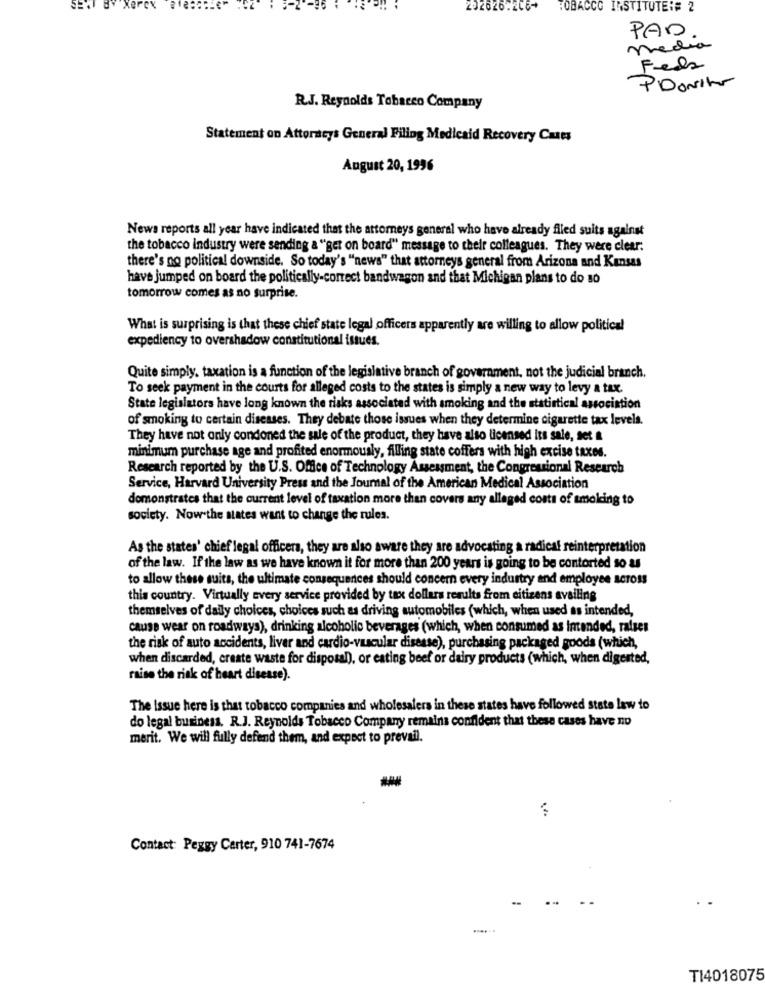
dy Kerck
202626:205-
TOBACCO INSTITUTE:# 2
PAD.
media
Freds
PIDONite
R.J. Reynolds Tobacco Company
Statement on Attorneys General Filing Medicaid Recovery Casts
August 20, 1996
News reports all year have indicated that the attorneys general who have already filled suits against
the tobacco industry were sending a "get on board" message to their colleagues. They were clear.
there's no political downside. So today's "news" that attorneys general from Arizona and Kansas
have jumped on board the politically-correct bandwagon and that Michigan plans to do so
tomorrow comes as no surprise.
What is surprising is that these chief state legal officers apparently are willing to allow political
expediency to overshadow constitutional issues.
Quite simply, taxation is a function of the legislative branch of government, not the judicial branch.
To seek payment in the courts for alleged costs to the states is simply a new way to levy a tax.
State legislators have long known the risks associated with smoking and the statistical association
of smoking to certain diseases. They debate those issues when they determine cigarette tax levels.
They have not only condoned the sale of the product, they have also licensed its sale, set &
minimum purchase age and profited enormously, filling state coffers with high excise taxes.
Research reported by the U.S. Office of Technology Assessment, the Congressional Research
Service, Harvard University Press and the Journal of the American Medical Association
demonstrates that the current level of taxation more than covers any alleged costs of smoking to
society. Now the states want to change the rules.
As the states' chief legal officers, they are also aware they are advocating a radical reinterpretation
of the law. If the law as we have known it for more than 200 years is going to be contorted 10 &
to allow these suits, the ultimate consequences should concern every industry and employee across
this country. Virtually every service provided by tax dollars results from citizens availing
themselves of daily choices, choices such as driving automobiles (which, when used as intended,
cause wear on roadways), drinking alcoholic beverages (which, when consumed as intended, raises
the risk of auto accidents, liver and cardio-vascular disease), purchasing packaged goods (which,
when discarded, create waste for disposal), or eating beef or dairy products (which, when digested,
raise the risk of heart disease).
The Issue here is that tobacco companies and wholesalers in these states have followed state law to
do legal business. R.J. Reynolds Tobacco Company remains confident that these cases have no
merit. We will fully defend them, and expect to prevail.
-
Contact: Peggy Carter, 910 741-7674
......
TI4018075